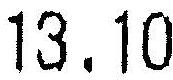
13.10